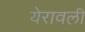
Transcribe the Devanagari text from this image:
येरावली